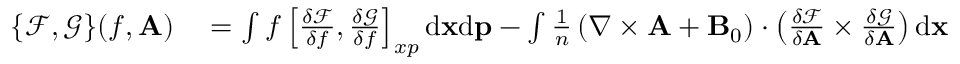
\begin{array} { r l } { \{ \mathcal { F } , \mathcal { G } \} ( f , { \mathbf A } ) } & { { } = \int f \left[ \frac { \delta \mathcal { F } } { \delta f } , \frac { \delta \mathcal { G } } { \delta f } \right] _ { x p } \mathrm { d } { \mathbf x } \mathrm { d } { \mathbf p } - \int \frac { 1 } { n } \left( \nabla \times \mathbf { A } + { \mathbf B } _ { 0 } \right) \cdot \left( \frac { \delta \mathcal { F } } { \delta { \mathbf A } } \times \frac { \delta \mathcal { G } } { \delta { \mathbf A } } \right) \mathrm { d } { \mathbf x } } \end{array}